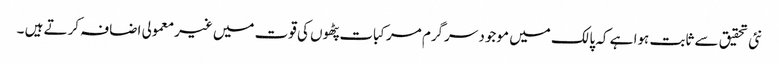
نئی تحقیق سے ثابت ہوا ہے کہ پالک میں موجود سرگرم مرکبات پٹھوں کی قوت میں غیرمعمولی اضافہ کرتے ہیں ۔